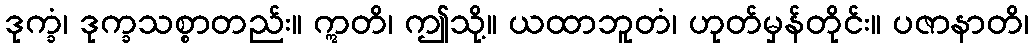
ဒုက္ခံ၊ ဒုက္ခသစ္စာတည်း။ ဣတိ၊ ဤသို့။ ယထာဘူတံ၊ ဟုတ်မှန်တိုင်း။ ပဇာနာတိ၊